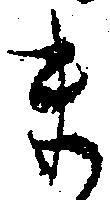
ま